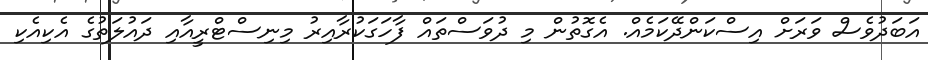
އަބަދުވެސް ވަރަށް އިސްކަންދޭކަމެއް. އެގޮތުން މި ދުވަސްތައް ފާހަގަކުރާއިރު މިނިސްޓްރީއާއި ދައުލަތުގެ އެކިއެކި